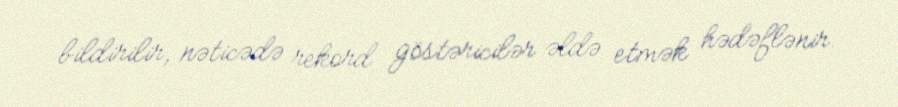
bildirilir, nəticədə rekord göstəricilər əldə etmək hədəflənir.